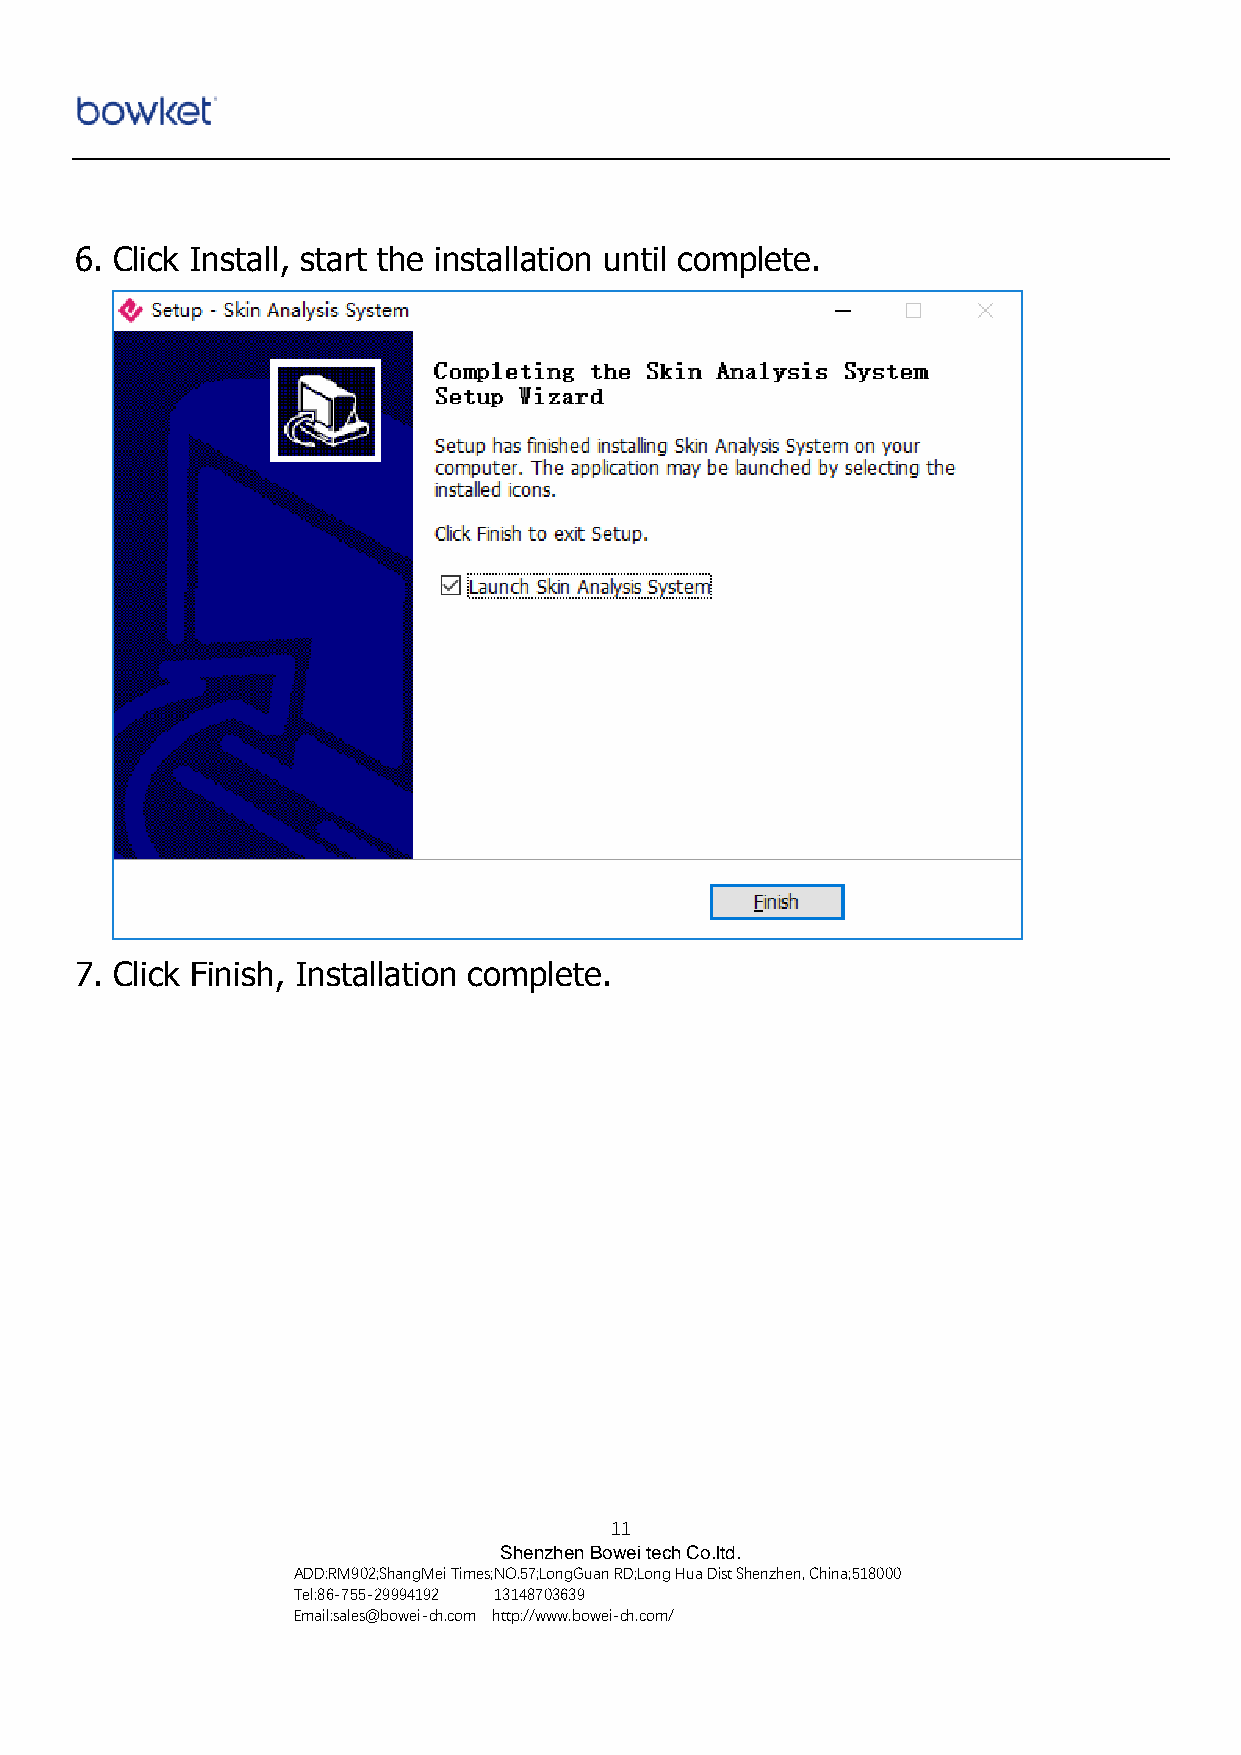
6. Click Install, start the installation until complete.
 7. Click Finish, Installation complete.
 11
 Shenzhen Bowei tech Co.ltd.
 ADD:RM902;ShangMei Times;NO.57;LongGuan RD;Long Hua Dist Shenzhen, China;518000
 Tel:86-755-29994192 13148703639
 Email:sales@bowei-ch.com http://www.bowei-ch.com/